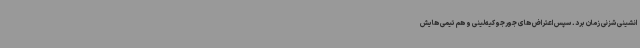
انشینی شزنی زمان برد. سپس اعتراض های جورجو کیه‌لینی و هم تیمی هایش